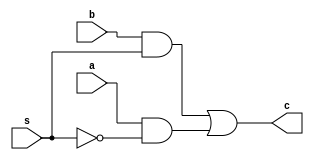
module multiplexor_2_1(a,b,s,c);
    output c;
    input a,b,s;
    wire p1,p2;
    not n1(s1,s);
    and a1(p2,a,s1);
    and a2(p1,b,s);
    or or1(c,p1,p2);
 endmodule
 
 module tb_multiplexor_2_1();
 reg a,b,s;
 wire c;
 multiplexor_2_1 mux(a,b,s,c);

 initial 
 begin
       #10 a=1'b0;b=1'b0;s=1'b0;
       #10 a=1'b0;b=1'b0;s=1'b1;
       #10 a=1'b0;b=1'b1;s=1'b0;
       #10 a=1'b0;b=1'b1;s=1'b1;
       #10 a=1'b1;b=1'b0;s=1'b0;
       #10 a=1'b1;b=1'b0;s=1'b1;
       #10 a=1'b1;b=1'b1;s=1'b0;
       #10 a=1'b1;b=1'b1;s=1'b1;
       #10 a=1'b0;b=1'b0;s=1'b0;
       $monitor("a %b,b %b,s %b,c %b",s,c,a,b);
  end
  endmodule